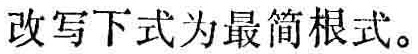
改写 下式为最简根式。